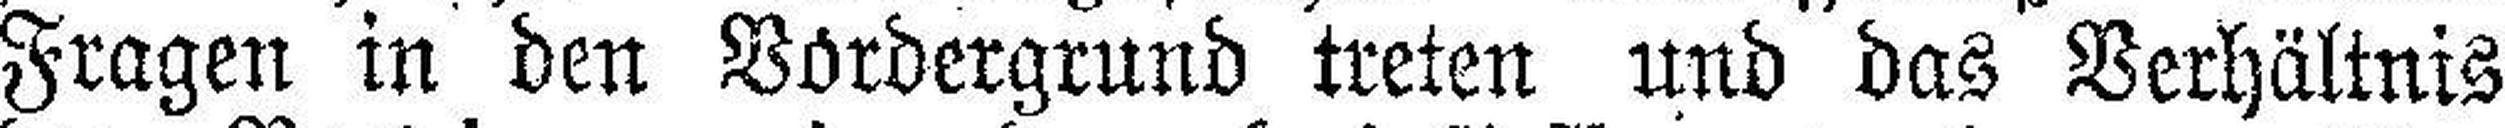
Fragen in den Vordergrund treten und das Verhältnis